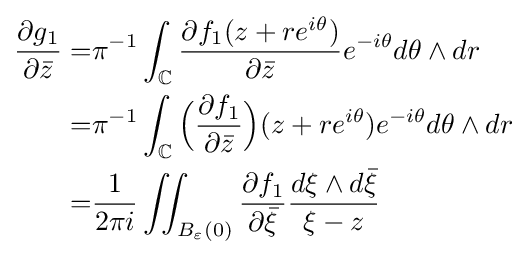
{\begin{aligned}{\frac {\partial g_{1}}{\partial {\bar {z}}}}=&\pi ^{-1}\int _{\mathbb {C} }{\frac {\partial f_{1}(z+re^{i\theta })}{\partial {\bar {z}}}}e^{-i\theta }d\theta \wedge dr\\=&\pi ^{-1}\int _{\mathbb {C} }{\Big (}{\frac {\partial f_{1}}{\partial {\bar {z}}}}{\Big )}(z+re^{i\theta })e^{-i\theta }d\theta \wedge dr\\=&{\frac {1}{2\pi i}}\iint _{B_{\varepsilon }(0)}{\frac {\partial f_{1}}{\partial {\bar {\xi }}}}{\frac {d\xi \wedge d{\bar {\xi }}}{\xi -z}}\end{aligned}}